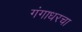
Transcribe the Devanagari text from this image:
गंगाधरचा